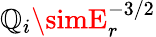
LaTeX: \mathbb{Q}_{i}\simE_{r}^{-3/2}